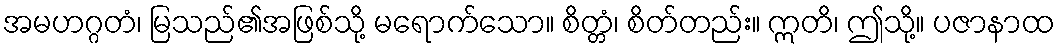
အမဟဂ္ဂတံ၊ မြသည်၏အဖြစ်သို့ မရောက်သော။ စိတ္တံ၊ စိတ်တည်း။ ဣတိ၊ ဤသို့။ ပဇာနာထ